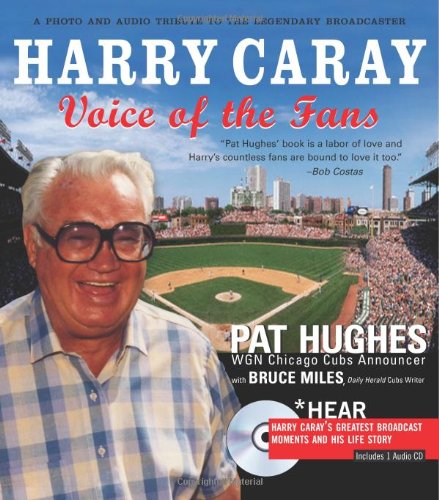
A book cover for Harry Caray: Voice of the Fans (Book w/ CD); Pat Hughes; Sports & Outdoors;